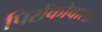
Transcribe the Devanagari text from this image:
पिरोंकोवाला